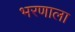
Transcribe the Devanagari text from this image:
भरणाला